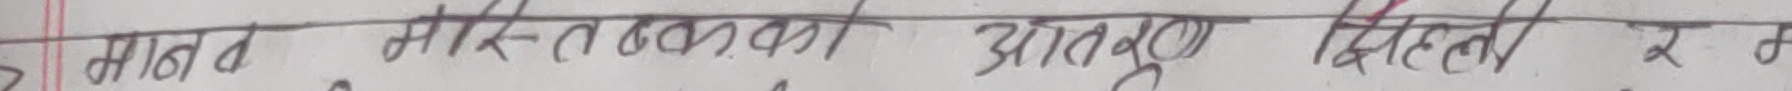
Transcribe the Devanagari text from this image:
माइक्रोवका आणुण मिळत र